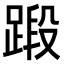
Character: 𫏗